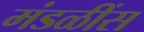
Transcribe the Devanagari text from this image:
मंडळींस